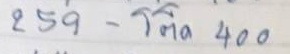
259 - โต๊ด 400